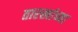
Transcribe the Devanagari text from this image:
तारखांच्या